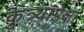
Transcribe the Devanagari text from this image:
कुत्र्यांपेक्षा